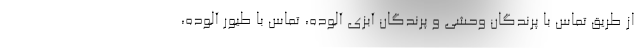
از طریق تماس با پرندگان وحشی و پرندگان آبزی آلوده، تماس با طیور آلوده،